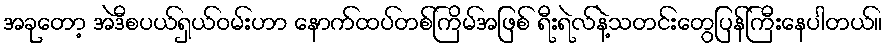
အခုတော့ အဲဒီစပယ်ရှယ်ဝမ်းဟာ နောက်ထပ်တစ်ကြိမ်အဖြစ် ရီးရဲလ်နဲ့သတင်းတွေပြန်ကြီးနေပါတယ်။